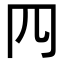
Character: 𦉪